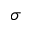
\sigma